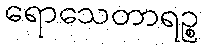
ရောသေတာရဉ္စ